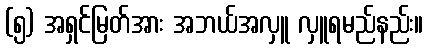
(၅) အရှင်မြတ်အား အဘယ်အလှူ လှူရမည်နည်း။